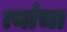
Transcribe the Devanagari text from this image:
त्यांंचा